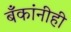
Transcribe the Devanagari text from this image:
बँकांनीही